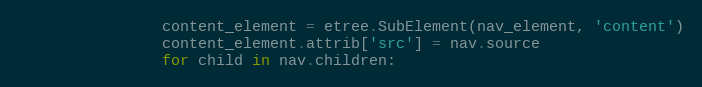
Language: Python
                content_element = etree.SubElement(nav_element, 'content')
                content_element.attrib['src'] = nav.source
                for child in nav.children: